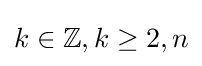
k\in \mathbb {Z} ,k\geq 2,n